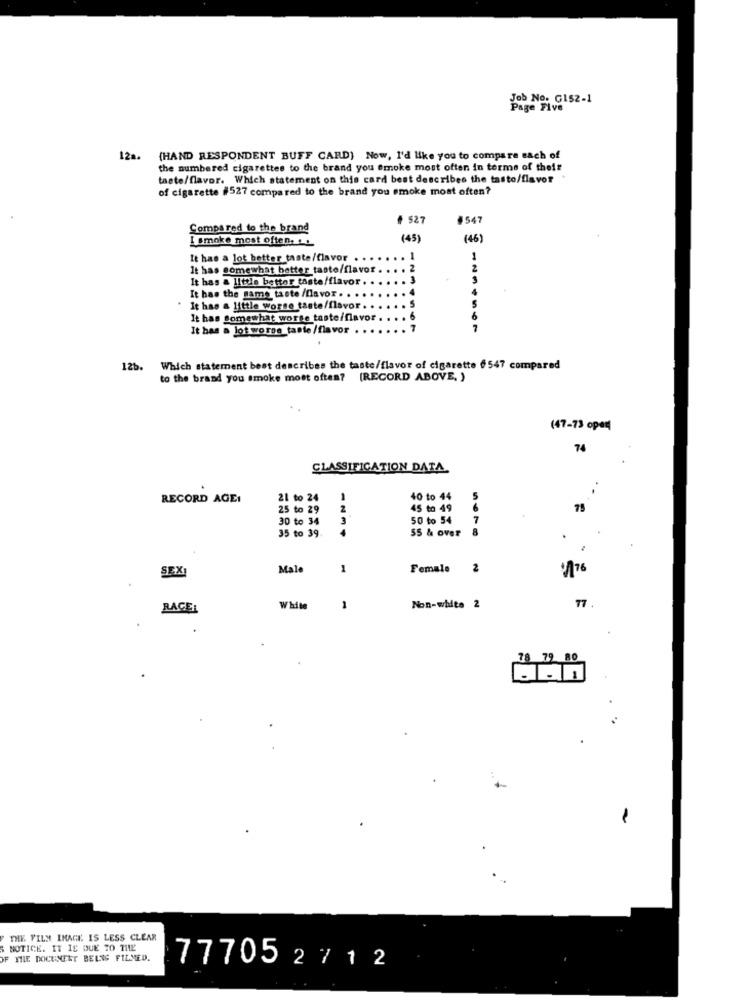
Job No. GIS2-1
Page Five
12a. (HAND RESPONDENT BUFF CARD) Now, I'd like you to compare sach of
the numbered cigarettes to the brand you Smoke most often in terms of their
taste/flavor. Which statement on this card best describes the tasto/flavor
of cigarette #527 compared to the brand you smoke most often?
# 527
#547
Compared to the brand
I smoke most often, !!
(45)
(46)
It has a lot better taste/flavor
It has somewhat better taste/flavor.
. 2
2
It has a little better taste/flavor.
It has the same taste /flavor. . ..
It has a little worse taste/flavor.
It has somewhat worse taste/flavor
It has a lot worse_tante /flavor
7
12b. Which statement best describes the taste/flavor of cigarette $547 compared
to the brand you smoke most often? (RECORD ABOVE. )
(47-73 oper
74
CLASSIFICATION DATA
RECORD AGE:
21 to 24
40 to 44
25 to 29
45 to 49
6
30 to 34
50 to 54
7
8
35 to 39
55 & over
SEXI
Male
1
Female
2
1176
RACE:
White
1
Non-white 2
77
78 79 80
THE FILM IMAGE IS LESS CLEAR
S NOTICE. IT IS DUE TO THE
OF THE DOCUMENT BELNG FILMED.
77705 2712